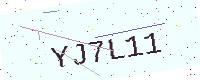
Text: YJ7L11